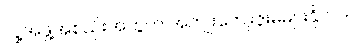
လူ့အဖွဲ့အစည်းအတွက် အကျိုးကျေးဇူးမများနိုင်ပါ။